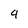
Character: 9